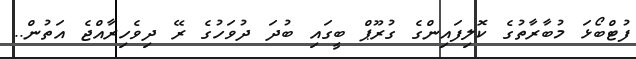
ފުޓްބޯޅަ މުބާރާތުގެ ކޮލިފައިންގެ ގުރޫޕް ބީގައި ބުދަ ދުވަހުގެ ރޭ ދިވެހިރާއްޖެ އަތުން..